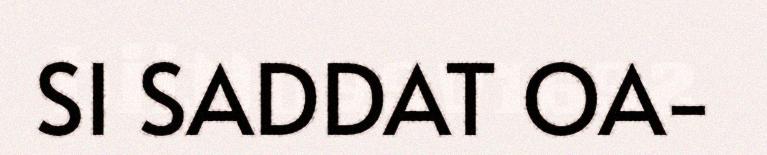
SI SADDAT OA-